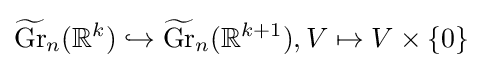
{\widetilde {\operatorname {Gr} }}_{n}(\mathbb {R} ^{k})\hookrightarrow {\widetilde {\operatorname {Gr} }}_{n}(\mathbb {R} ^{k+1}),V\mapsto V\times \{0\}